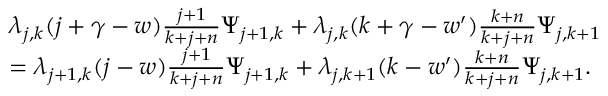
\begin{array} { r l } & { \lambda _ { j , k } ( j + \gamma - w ) \frac { j + 1 } { k + j + n } \Psi _ { j + 1 , k } + \lambda _ { j , k } ( k + \gamma - w ^ { \prime } ) \frac { k + n } { k + j + n } \Psi _ { j , k + 1 } } \\ & { = \lambda _ { j + 1 , k } ( j - w ) \frac { j + 1 } { k + j + n } \Psi _ { j + 1 , k } + \lambda _ { j , k + 1 } ( k - w ^ { \prime } ) \frac { k + n } { k + j + n } \Psi _ { j , k + 1 } . } \end{array}